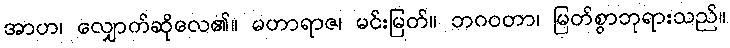
အာဟ၊ လျှောက်ဆိုလေ၏။ မဟာရာဇ၊ မင်းမြတ်။ ဘဂဝတာ၊ မြတ်စွာဘုရားသည်။